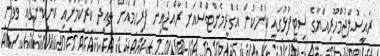
ރައީސުލްޖުމްހޫރިއްޔާގެ ސިޓީފުޅުގައި ކަންކުން އެގްރީމެންޓްސްއަށް ރާއްޖެއިން ފުރިހަމައަށް ތާޢީދު ކުރާކަމަށާއި ކަންކުންގައި ވެވުނު